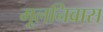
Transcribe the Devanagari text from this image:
मूलनिवास